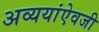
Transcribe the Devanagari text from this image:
अव्ययांऐवजी